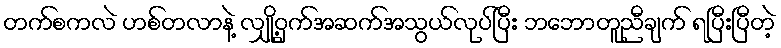
တက်စကလဲ ဟစ်တလာနဲ့ လျှို့ဝှက်အဆက်အသွယ်လုပ်ပြီး ဘဘောတူညီချက် ရပြီးပြီတဲ့